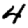
Digit: 4